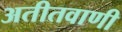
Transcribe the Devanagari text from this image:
अतीतवाणी